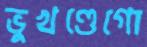
ভুখণ্ডেগো